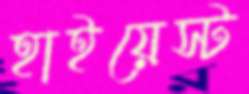
হাইয়েস্ট